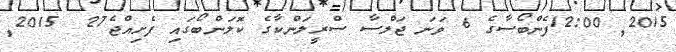
2015